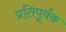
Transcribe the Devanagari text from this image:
प्रतिपूर्वक